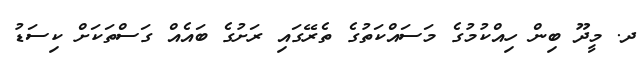
ދ. މީދޫ ބިން ހިއްކުމުގެ މަސައްކަތުގެ ތެރޭގައި ރަށުގެ ބައެއް ގަސްތަކަށް ކިސަޑު